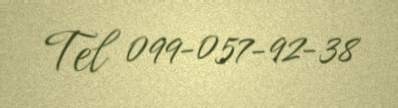
Tel 099-057-92-38